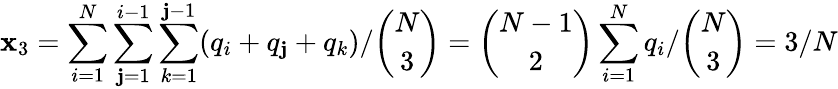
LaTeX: \mathbf{x}_{3}=\sum_{i=1}^{N}\sum_{\mathbf{j}=1}^{i-1}\sum_{k=1}^{\mathbf{j}-1}(q_{i}+q_{\mathbf{j}}+q_{k})/\binom{N}{3}=\binom{N-1}{2}\sum_{i=1}^{N}q_{i}/\binom{N}{3}=3/N